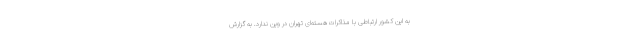
به این کشور ارتباطی با مذاکرات هسته‌ای تهران در وین ندارد. به گزارش